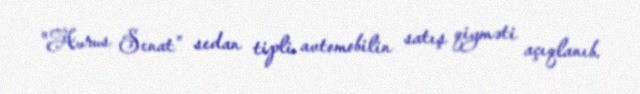
"Aurus Senat" sedan tipli avtomobilin satış qiyməti açıqlanıb.